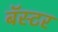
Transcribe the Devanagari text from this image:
बॅस्टर